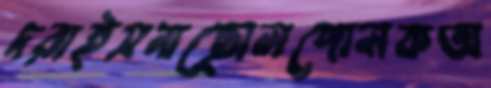
দরাইসনাছোলপোলকঅ